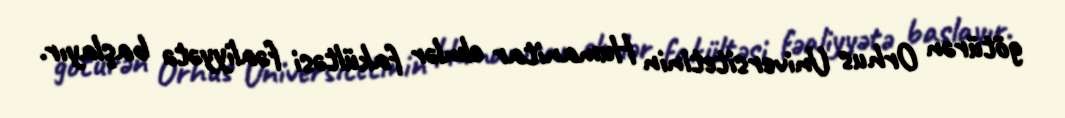
götürən Orhus Universitetinin Humanitar elmlər fakültəsi fəaliyyətə başlayır.